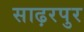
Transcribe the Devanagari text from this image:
साढ़रपुर